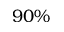
9 0 \%